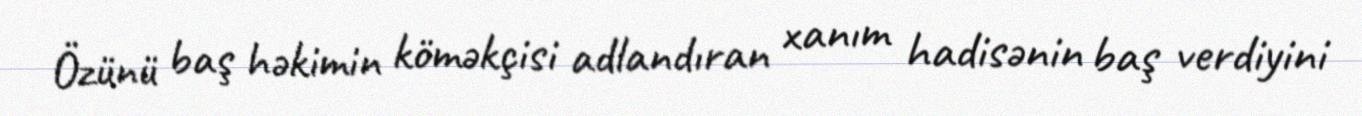
Özünü baş həkimin köməkçisi adlandıran xanım hadisənin baş verdiyini